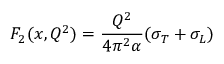
F _ { 2 } ( x , Q ^ { 2 } ) = { \frac { Q ^ { 2 } } { 4 \pi ^ { 2 } \alpha } } ( \sigma _ { T } + \sigma _ { L } )